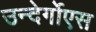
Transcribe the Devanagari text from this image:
उन्देर्गोएस